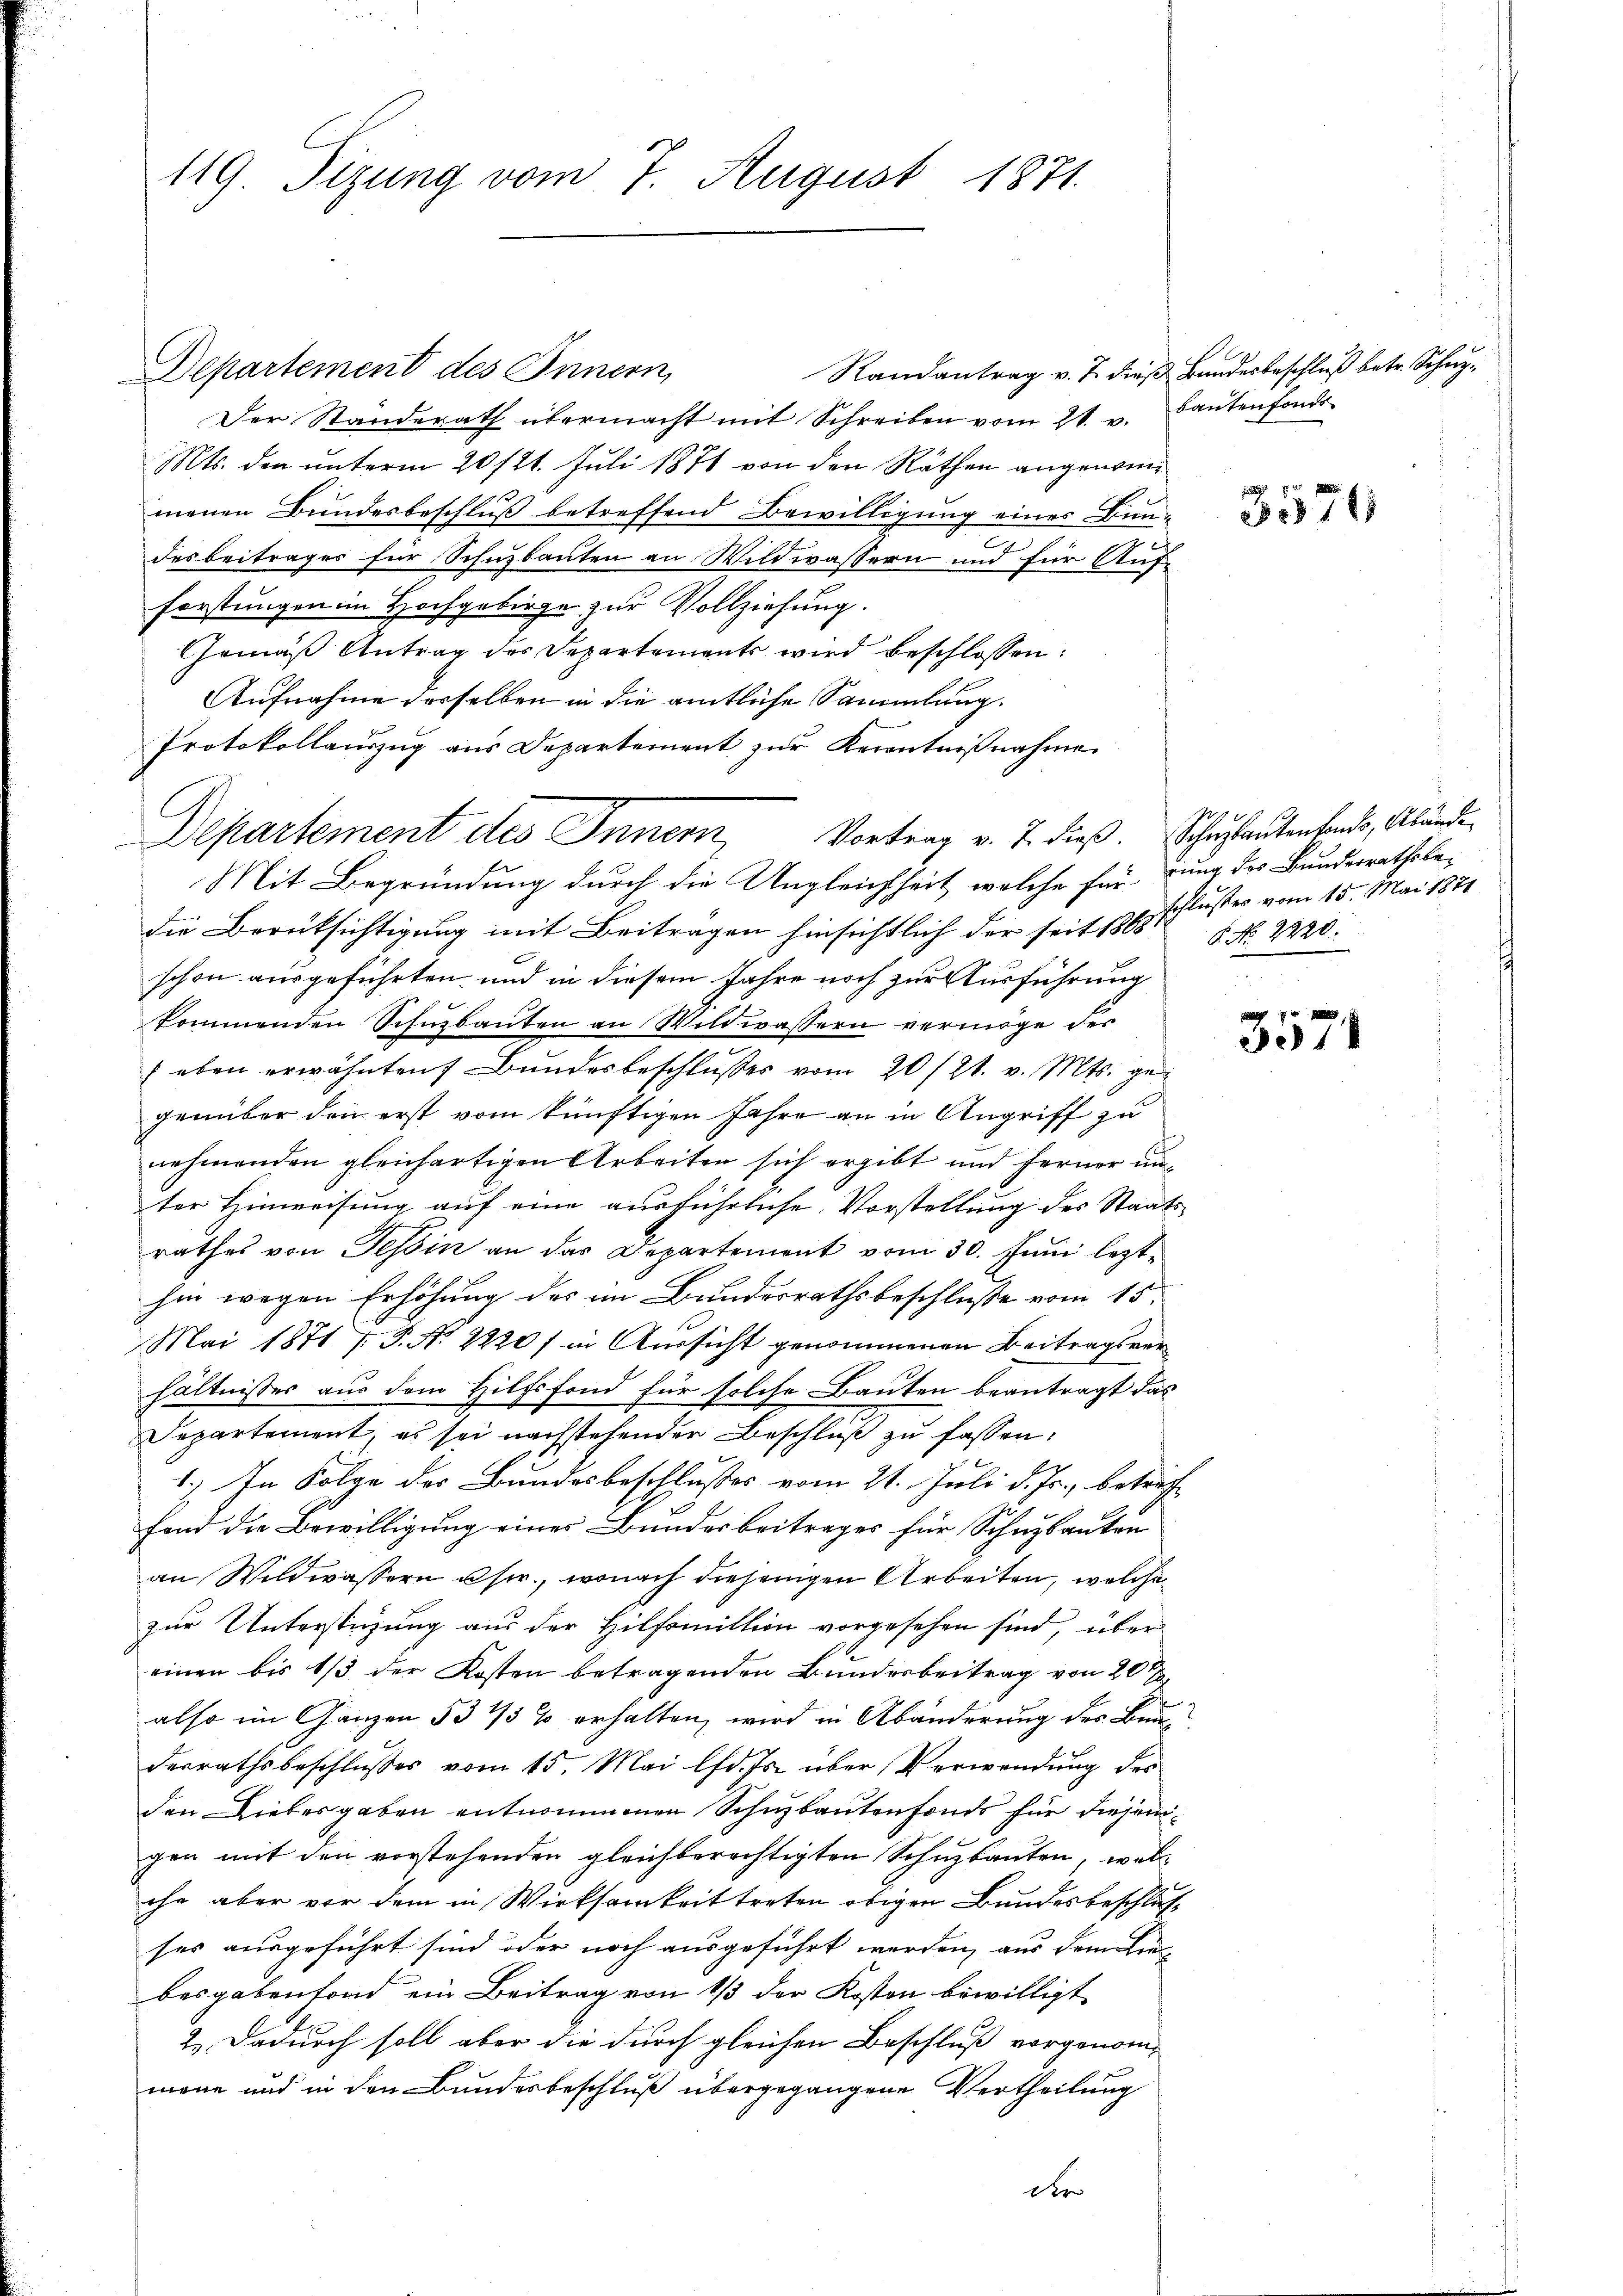
119 Tizung vom 7. August 1871.

Randantrag v. J. dieß Bundesbeschluß betr. Scherz¬
Departement des Innern,
Der Standerath übermacht mit Schreiben vom 21. v. Baŭtenfonds
Mts. den unterm 20/21. Juli 1871 von den Räthen angenommenen Bundesbeschluß betreffend Bewilligung eines Bun¬
2
desbeiträger für Schuzbauten an Wildwassern und für Auf-
Forstungen im Hochgebirge zur Vollziehung.
Gemäß Antrag des Departements wird beschlossen:
Aufnahme desselben in die amtliche Sammlung.
Protokollauszug aus Departement zur Kenntnißnahme.
Mit Begründung durch die Ungleichheit, welche für jung des Bundesrathsbedie Berüksichtigung mit Beiträgen hinsichtlich der seit 1888 No. 2220.
schon ausgeführten und in diesem Jahre noch zur Ausführung
kommenden Schnzbauten an Wildwassern vermöge der
(eben erwähnten Bundesbeschlusses vom 20./21. v. Mts. ge
genüber den erst vom künftigen Jahre an in Angriff zu
nehmenden gleichartigen Arbeiten sich ergibt und ferner unter Hinweisung auf eine ausführliche Vorstellung des Staatsrathes von Tessin an das Departement vom 30. Juni lezthin wegen Erhöhung des im Bundesrathsbeschluße vom 15.
Mai 1871 f. P. Nr. 2220) in Aussicht genommenen Beitragsverhältnisses aus dem Hilfsfond für solche Bauten beantragt das
Departement, es sei nachstehenden Beschluß zu fassen.
1.) In Folge des Bundesbeschlusses vom 21. Juli d. Js., betreffe
fond die Bewilligung eines Bundesbeitrages für Schuzbauten
an Wildwassern usw., wonach diejenigen Arbeiten, welche
zur Unterstüzung aus der Hilfsmillion vorgesehen sind, über
einen bis 1/3 der Kosten betragenden Bundesbeitrag von 20
also im Ganzen 53 4/5 % erhalten, wird in Abänderung des Bun
desrathsbeschlusses vom 15. Mai lfd. Js. über Verwendung des
den Liebesgaben entnommenen Schuzbautenfonds für diesengen mit den vorstehenden gleichberechtigten Schuzbauten, welche aber vor dem in Wirksamkeit treten obigen Bundesbeschlus
ses ausgeführt sind oder noch ausgeführt werden, aus dem Lie-
besgabenfond ein Beitrag von 1/3 der Kosten bewilligt
2.) Dadurch soll aber die durch gleichen Beschluß vorgenommene und in den Bundesbeschluß übergegangene Vertheilung

Departement des Innern, Vortrag v. J. dieß. Schulantenhande, Abände¬

der

3574

schlusses vom 15. Mai 1871

3571